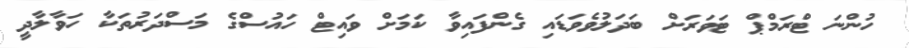
ހުންނަ ޓްރަމްޕް ޓަވަރަށް ބަދަލުވެވަޑައި ގެންފައިވާ ކަމަށް ވައިޓް ހައުސްގެ މަސްދަރުތަކާ ހަވާލާދީ